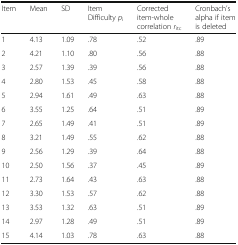
<table><thead><tr><td><b>Item</b></td><td><b>Mean</b></td><td><b>SD</b></td><td><b>Item Difficulty <i>p</i><sub>i</sub></b></td><td><b>Corrected item-whole correlation <i>r</i><sub>itc</sub></b></td><td><b>Cronbach’s alpha if item is deleted</b></td></tr></thead><tbody><tr><td>1</td><td>4.13</td><td>1.09</td><td>.78</td><td>.52</td><td>.89</td></tr><tr><td>2</td><td>4.21</td><td>1.10</td><td>.80</td><td>.56</td><td>.88</td></tr><tr><td>3</td><td>2.57</td><td>1.39</td><td>.39</td><td>.56</td><td>.88</td></tr><tr><td>4</td><td>2.80</td><td>1.53</td><td>.45</td><td>.58</td><td>.88</td></tr><tr><td>5</td><td>2.94</td><td>1.61</td><td>.49</td><td>.63</td><td>.88</td></tr><tr><td>6</td><td>3.55</td><td>1.25</td><td>.64</td><td>.51</td><td>.89</td></tr><tr><td>7</td><td>2.65</td><td>1.49</td><td>.41</td><td>.51</td><td>.89</td></tr><tr><td>8</td><td>3.21</td><td>1.49</td><td>.55</td><td>.62</td><td>.88</td></tr><tr><td>9</td><td>2.56</td><td>1.29</td><td>.39</td><td>.64</td><td>.88</td></tr><tr><td>10</td><td>2.50</td><td>1.56</td><td>.37</td><td>.45</td><td>.89</td></tr><tr><td>11</td><td>2.73</td><td>1.64</td><td>.43</td><td>.63</td><td>.88</td></tr><tr><td>12</td><td>3.30</td><td>1.53</td><td>.57</td><td>.62</td><td>.88</td></tr><tr><td>13</td><td>3.53</td><td>1.32</td><td>.63</td><td>.51</td><td>.89</td></tr><tr><td>14</td><td>2.97</td><td>1.28</td><td>.49</td><td>.51</td><td>.89</td></tr><tr><td>15</td><td>4.14</td><td>1.03</td><td>.78</td><td>.63</td><td>.88</td></tr></tbody></table>